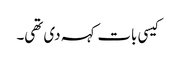
کیسی بات کہہ دی تھی۔